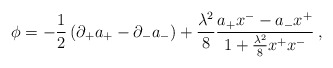
\begin{align*}\phi=-{1\over2}\left(\partial_+a_+-\partial_-a_-\right)+{\lambda^2\over8}{a_+x^--a_-x^+\over 1+{\lambda^2\over8}x^+x^-}\>,\end{align*}